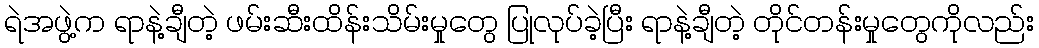
ရဲအဖွဲ့က ရာနဲ့ချီတဲ့ ဖမ်းဆီးထိန်းသိမ်းမှုတွေ ပြုလုပ်ခဲ့ပြီး ရာနဲ့ချီတဲ့ တိုင်တန်းမှုတွေကိုလည်း